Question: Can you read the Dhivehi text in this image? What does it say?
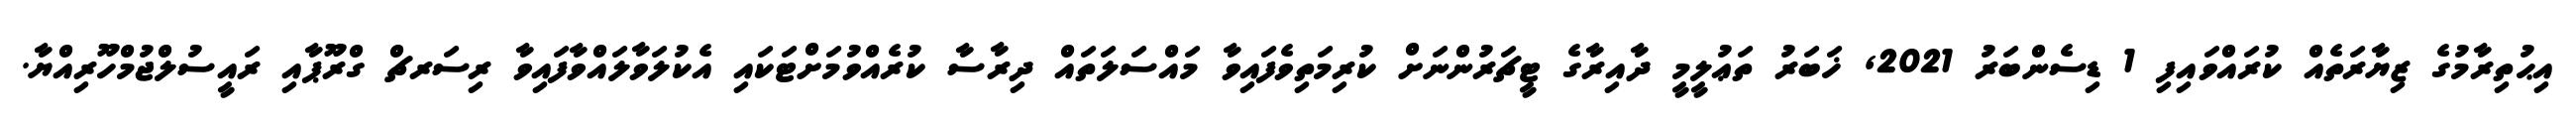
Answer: އިޙުތިރާމުގެ ޒިޔާރަތެއް ކުރައްވައިފި 1 ޑިސެންބަރު 2021, ޚަބަރު ތަޢުލީމީ ދާއިރާގެ ޓީޗަރުންނަށް ކުރިމަތިވެފައިވާ މައްސަލަތައް ދިރާސާ ކުރެއްވުމަށްޓަކައި އެކުލަވާލައްވާފައިވާ ރިސަރޗް ގްރޫޕާއި ރައީސުލްޖުމްހޫރިއްޔާ.